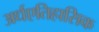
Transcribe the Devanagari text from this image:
अर्धएतिहासिक